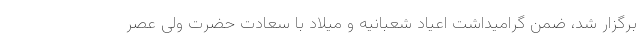
برگزار شد، ضمن گرامیداشت اعیاد شعبانیه و میلاد با سعادت حضرت ولی عصر